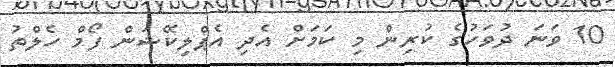
10 ވަނަ ދުވަހުގެ ކުރިން މި ކަމަށް އެދި އެޕްލިކޭޝަން ފޯމް ހެލްތު